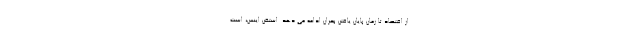
از اقتصاد تا زمان پایان یافتن بحران ادامه می دهد. استفن اینس، است